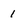
Character: 1